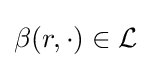
\beta (r,\cdot )\in {\mathcal {L}}